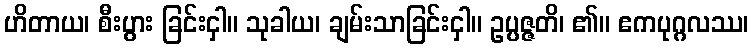
ဟိတာယ၊ စီးပွား ခြင်းငှါ။ သုခါယ၊ ချမ်းသာခြင်းငှါ။ ဥပ္ပဇ္ဇတိ၊ ၏။ ဧကပုဂ္ဂလဿ၊